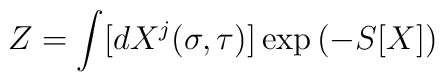
Z=\int [d X^j(\sigma,\tau)]\exp\left( -S[X]\right)